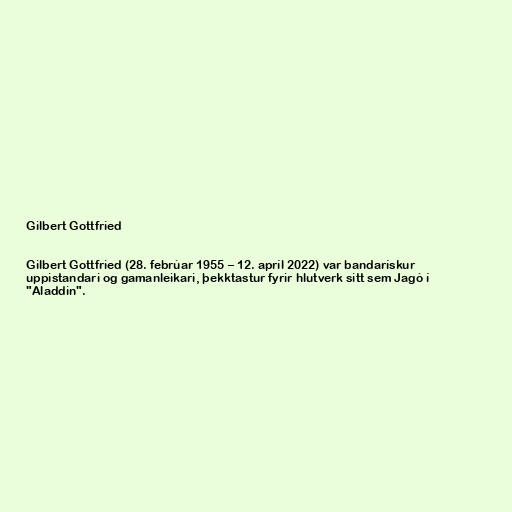
Gilbert Gottfried

Gilbert Gottfried (28. febrúar 1955 – 12. apríl 2022) var bandarískur
uppistandari og gamanleikari, þekktastur fyrir hlutverk sitt sem Jagó í
"Aladdin".